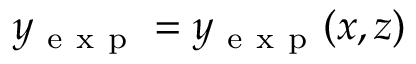
y _ { \mathrm { ~ e ~ x ~ p ~ } } = y _ { \mathrm { ~ e ~ x ~ p ~ } } ( x , z )